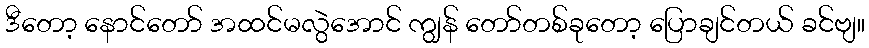
ဒီတော့ နောင်တော် အထင်မလွဲအောင် ကျွန် တော်တစ်ခုတော့ ပြောချင်တယ် ခင်ဗျ။